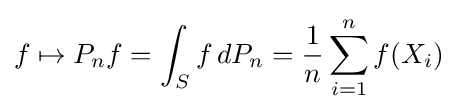
f\mapsto P_{n}f=\int _{S}f\,dP_{n}={\frac {1}{n}}\sum _{i=1}^{n}f(X_{i})